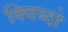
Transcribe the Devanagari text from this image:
क्विब्दो